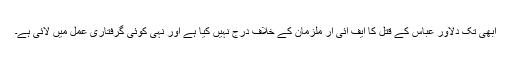
ابھی تک دلاور عباس کے قتل کا ایف آئی آر ملزمان کے خلاف درج نہیں کیا ہے اور نہی کوئی گرفتاری عمل میں لائی ہے۔